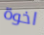
اخوة